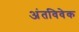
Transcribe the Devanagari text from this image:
अंतविवेक